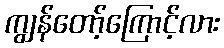
ကျွန်တော့်ကြောင့်လား